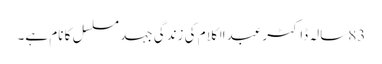
83سالہ ڈاکٹر عبدالکلام کی زندگی جہد مسلسل کا نام ہے۔